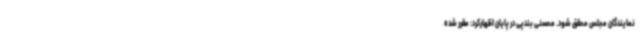
نمایندگان مجلس محقق شود. محسنی‌ بندپی در پایان اظهارکرد: مقرر شده